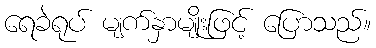
ရေခဲရုပ် မျက်နှာမျိုးဖြင့် ပြောသည်။